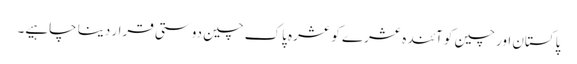
پاکستان اور چین کو آئندہ عشرے کو عشرہ پاک چین دوستی قرار دینا چاہیے۔